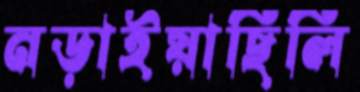
নড়াইয়াছিলি